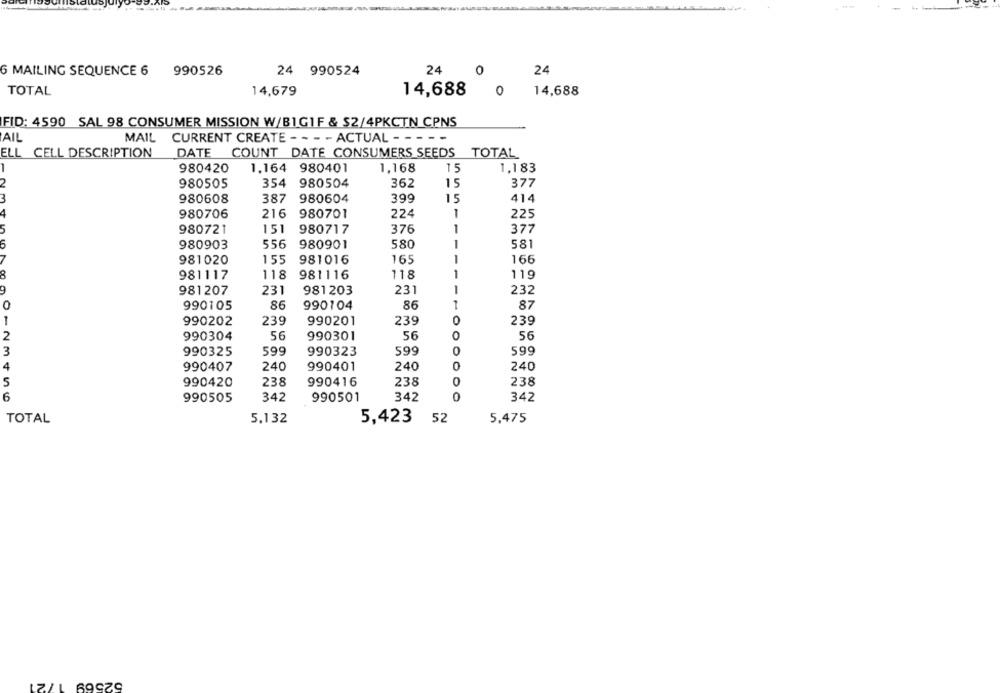
6 MAILING SEQUENCE 6 990526
24 990524
24
0
24
TOTAL
14,679
14,688
0
14,688
FID: 4590 SAL 98 CONSUMER MISSION W/BIG1F & $2/4PKCTN CPNS
AIL
MAIL CURRENT CREATE - - - - ACTUAL - - - - -
ELL CELL DESCRIPTION
DATE COUNT DATE CONSUMERS SEEDS TOTAL
980420
1,164 980401
1,168
15
1,183
980505
354
980504
362
15
377
980608
387
980604
399
15
414
980706
216
980701
224
225
376
1
377
980721
151
980717
980903
556
980901
580
-
581
981020
155
981016
165
-
166
8
981117
118
981116
118
1
119
981207
231
981203
231
-
232
990105
86
990104
86
87
0
0
1
990202
239
990201
239
239
2
990304
56
990301
56
O
56
3
990325
599
990323
599
0
599
4
240
990401
240
0
240
990407
5
0
990420
238
990416
238
238
6
990505
342
990501
342
342
TOTAL
5,132
5,423
: 52
5,475
52569
LZZL